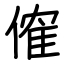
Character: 傕